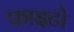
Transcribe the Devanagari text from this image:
फाइटो